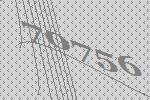
70756